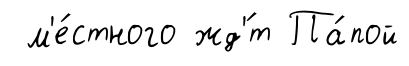
м'е́стного жд'́т Па́пой